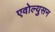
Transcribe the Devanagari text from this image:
एवोल्युसन